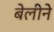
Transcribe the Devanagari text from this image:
बेलीने